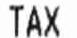
TAX